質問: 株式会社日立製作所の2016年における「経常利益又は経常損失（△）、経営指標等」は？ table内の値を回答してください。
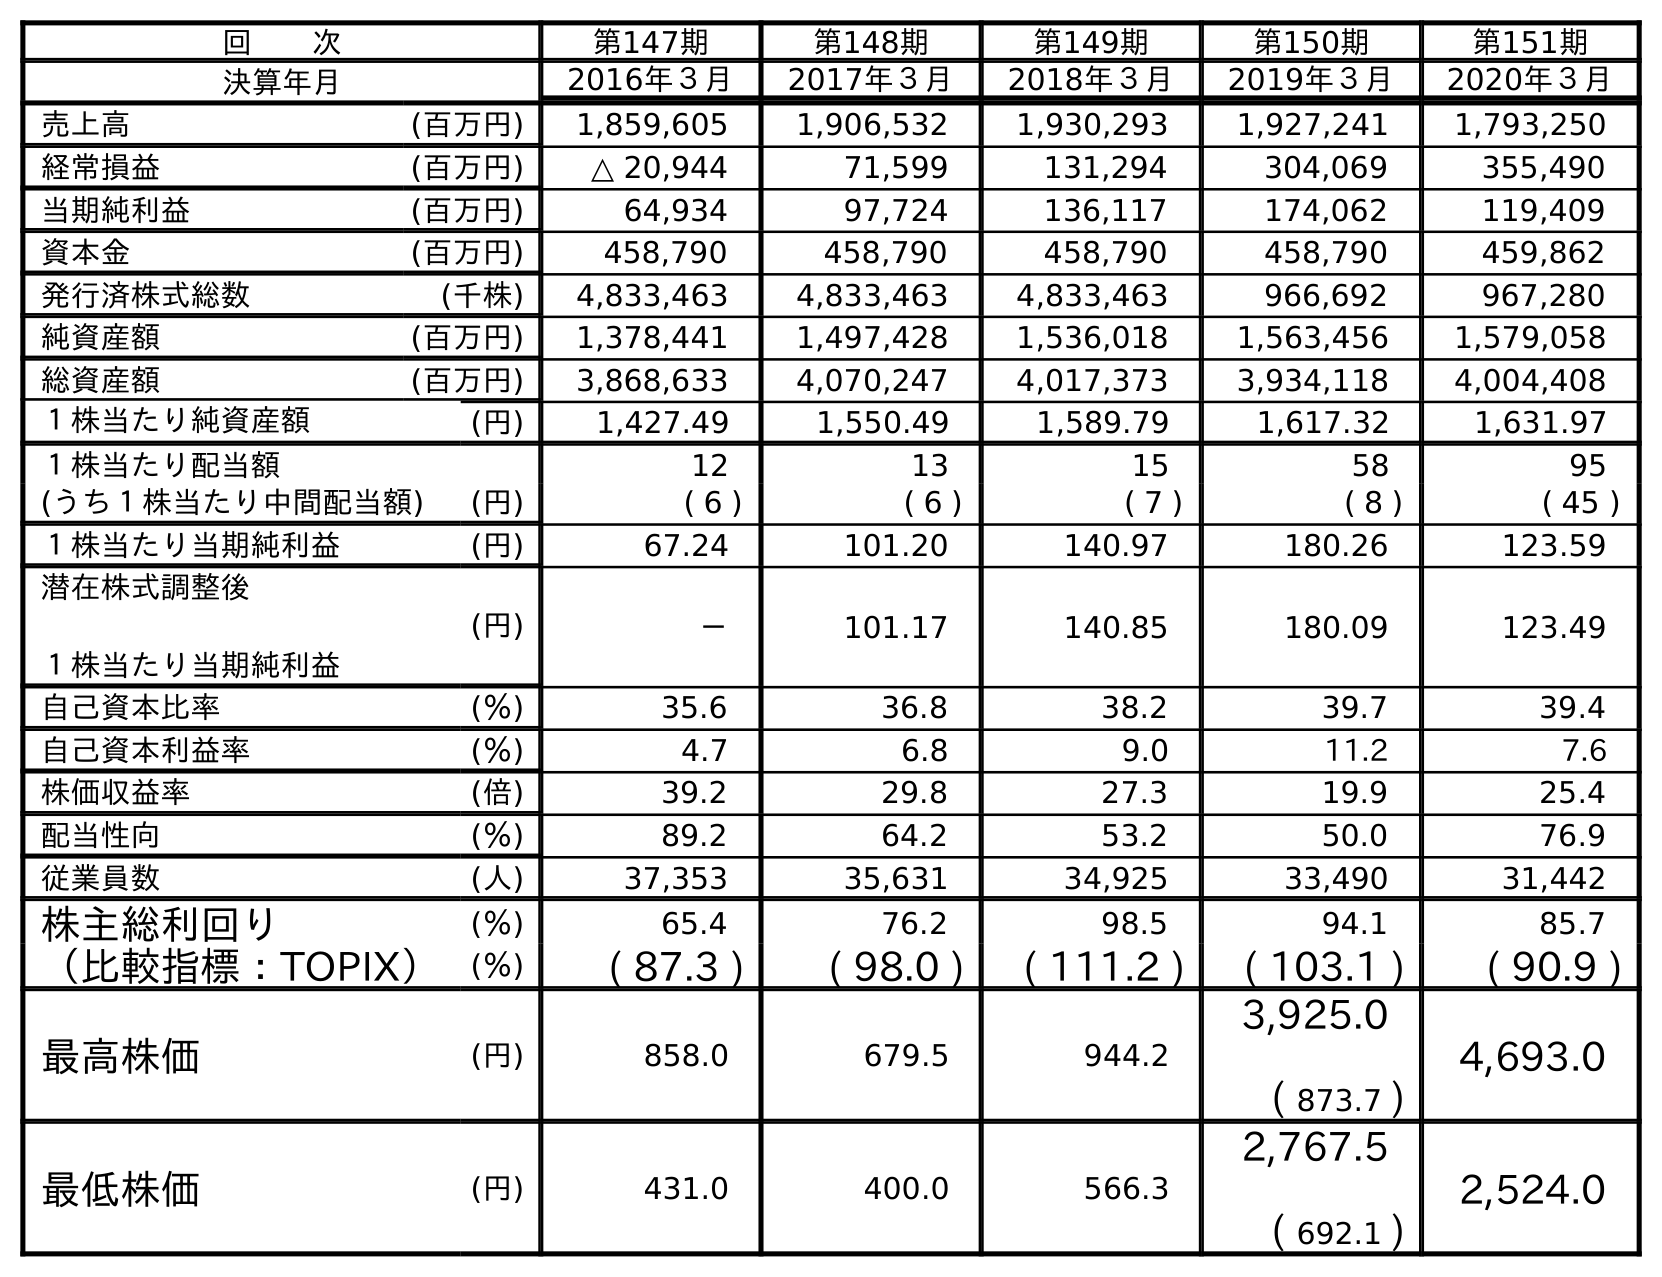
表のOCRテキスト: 回  次 第147期 第148期 第149期 第150期 第151期 決算年月 2016年３月 2017年３月 2018年３月 2019年３月 2020年３月 売上高 (百万円) 1,859,605 1,906,532 1,930,293 1,927,241 1,793,250 経常損益 (百万円) △ 20,944 71,599 131,294 304,069 355,490 当期純利益 (百万円) 64,934 97,724 136,117 174,062 119,409 資本金 (百万円) 458,790 458,790 458,790 458,790 459,862 発行済株式総数 (千株) 4,833,463 4,833,463 4,833,463 966,692 967,280 純資産額 (百万円) 1,378,441 1,497,428 1,536,018 1,563,456 1,579,058 総資産額 (百万円) 3,868,633 4,070,247 4,017,373 3,934,118 4,004,408 １株当たり純資産額 (円) 1,427.49 1,550.49 1,589.79 1,617.32 1,631.97 １株当たり配当額 12 13 15 58 95 (うち１株当たり中間配当額) (円) ( 6 ) ( 6 ) ( 7 ) ( 8 ) ( 45 ) １株当たり当期純利益 (円) 67.24 101.20 140.97 180.26 123.59 潜在株式調整後 １株当たり当期純利益 (円) － 101.17 140.85 180.09 123.49 自己資本比率 (％) 35.6 36.8 38.2 39.7 39.4 自己資本利益率 (％) 4.7 6.8 9.0 11.2 7.6 株価収益率 (倍) 39.2 29.8 27.3 19.9 25.4 配当性向 (％) 89.2 64.2 53.2 50.0 76.9 従業員数 (人) 37,353 35,631 34,925 33,490 31,442 株主総利回り (％) 65.4 76.2 98.5 94.1 85.7 （比較指標：TOPIX） (％) ( 87.3 ) ( 98.0 ) ( 111.2 ) ( 103.1 ) ( 90.9 ) 最高株価 (円) 858.0 679.5 944.2 3,925.0 ( 873.7 ) 4,693.0 最低株価 (円) 431.0 400.0 566.3 2,767.5 ( 692.1 ) 2,524.0
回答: △20,944